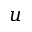
u